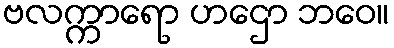
ဗလက္ကာရော ဟဌော ဘဝေ။